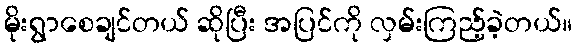
မိုးရွာစေချင်တယ် ဆိုပြီး အပြင်ကို လှမ်းကြည့်ခဲ့တယ်။